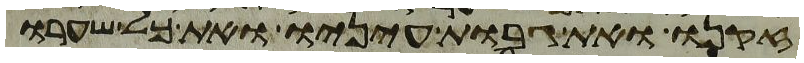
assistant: זקנו ואת גבות עיניו ואת כל שערו